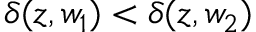
{ \delta ( z , w _ { 1 } ) < \delta ( z , w _ { 2 } ) }